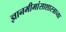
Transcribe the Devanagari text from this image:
ज्ञानमीमांसाशास्त्राच्या